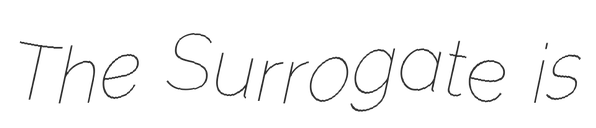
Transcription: The Surrogate is